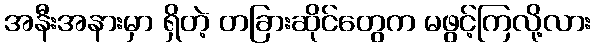
အနီးအနားမှာ ရှိတဲ့ တခြားဆိုင်တွေက မဖွင့်ကြလို့လား